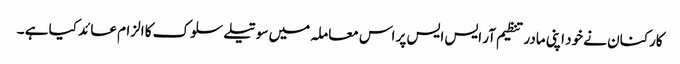
کارکنان نے خود اپنی مادر تنظیم آر ایس ایس پر اس معاملہ میں سوتیلے سلوک کا الزام عائد کیا ہے ۔